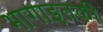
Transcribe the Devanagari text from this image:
भागाइतकी